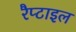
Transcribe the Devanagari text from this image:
रैप्टाइल